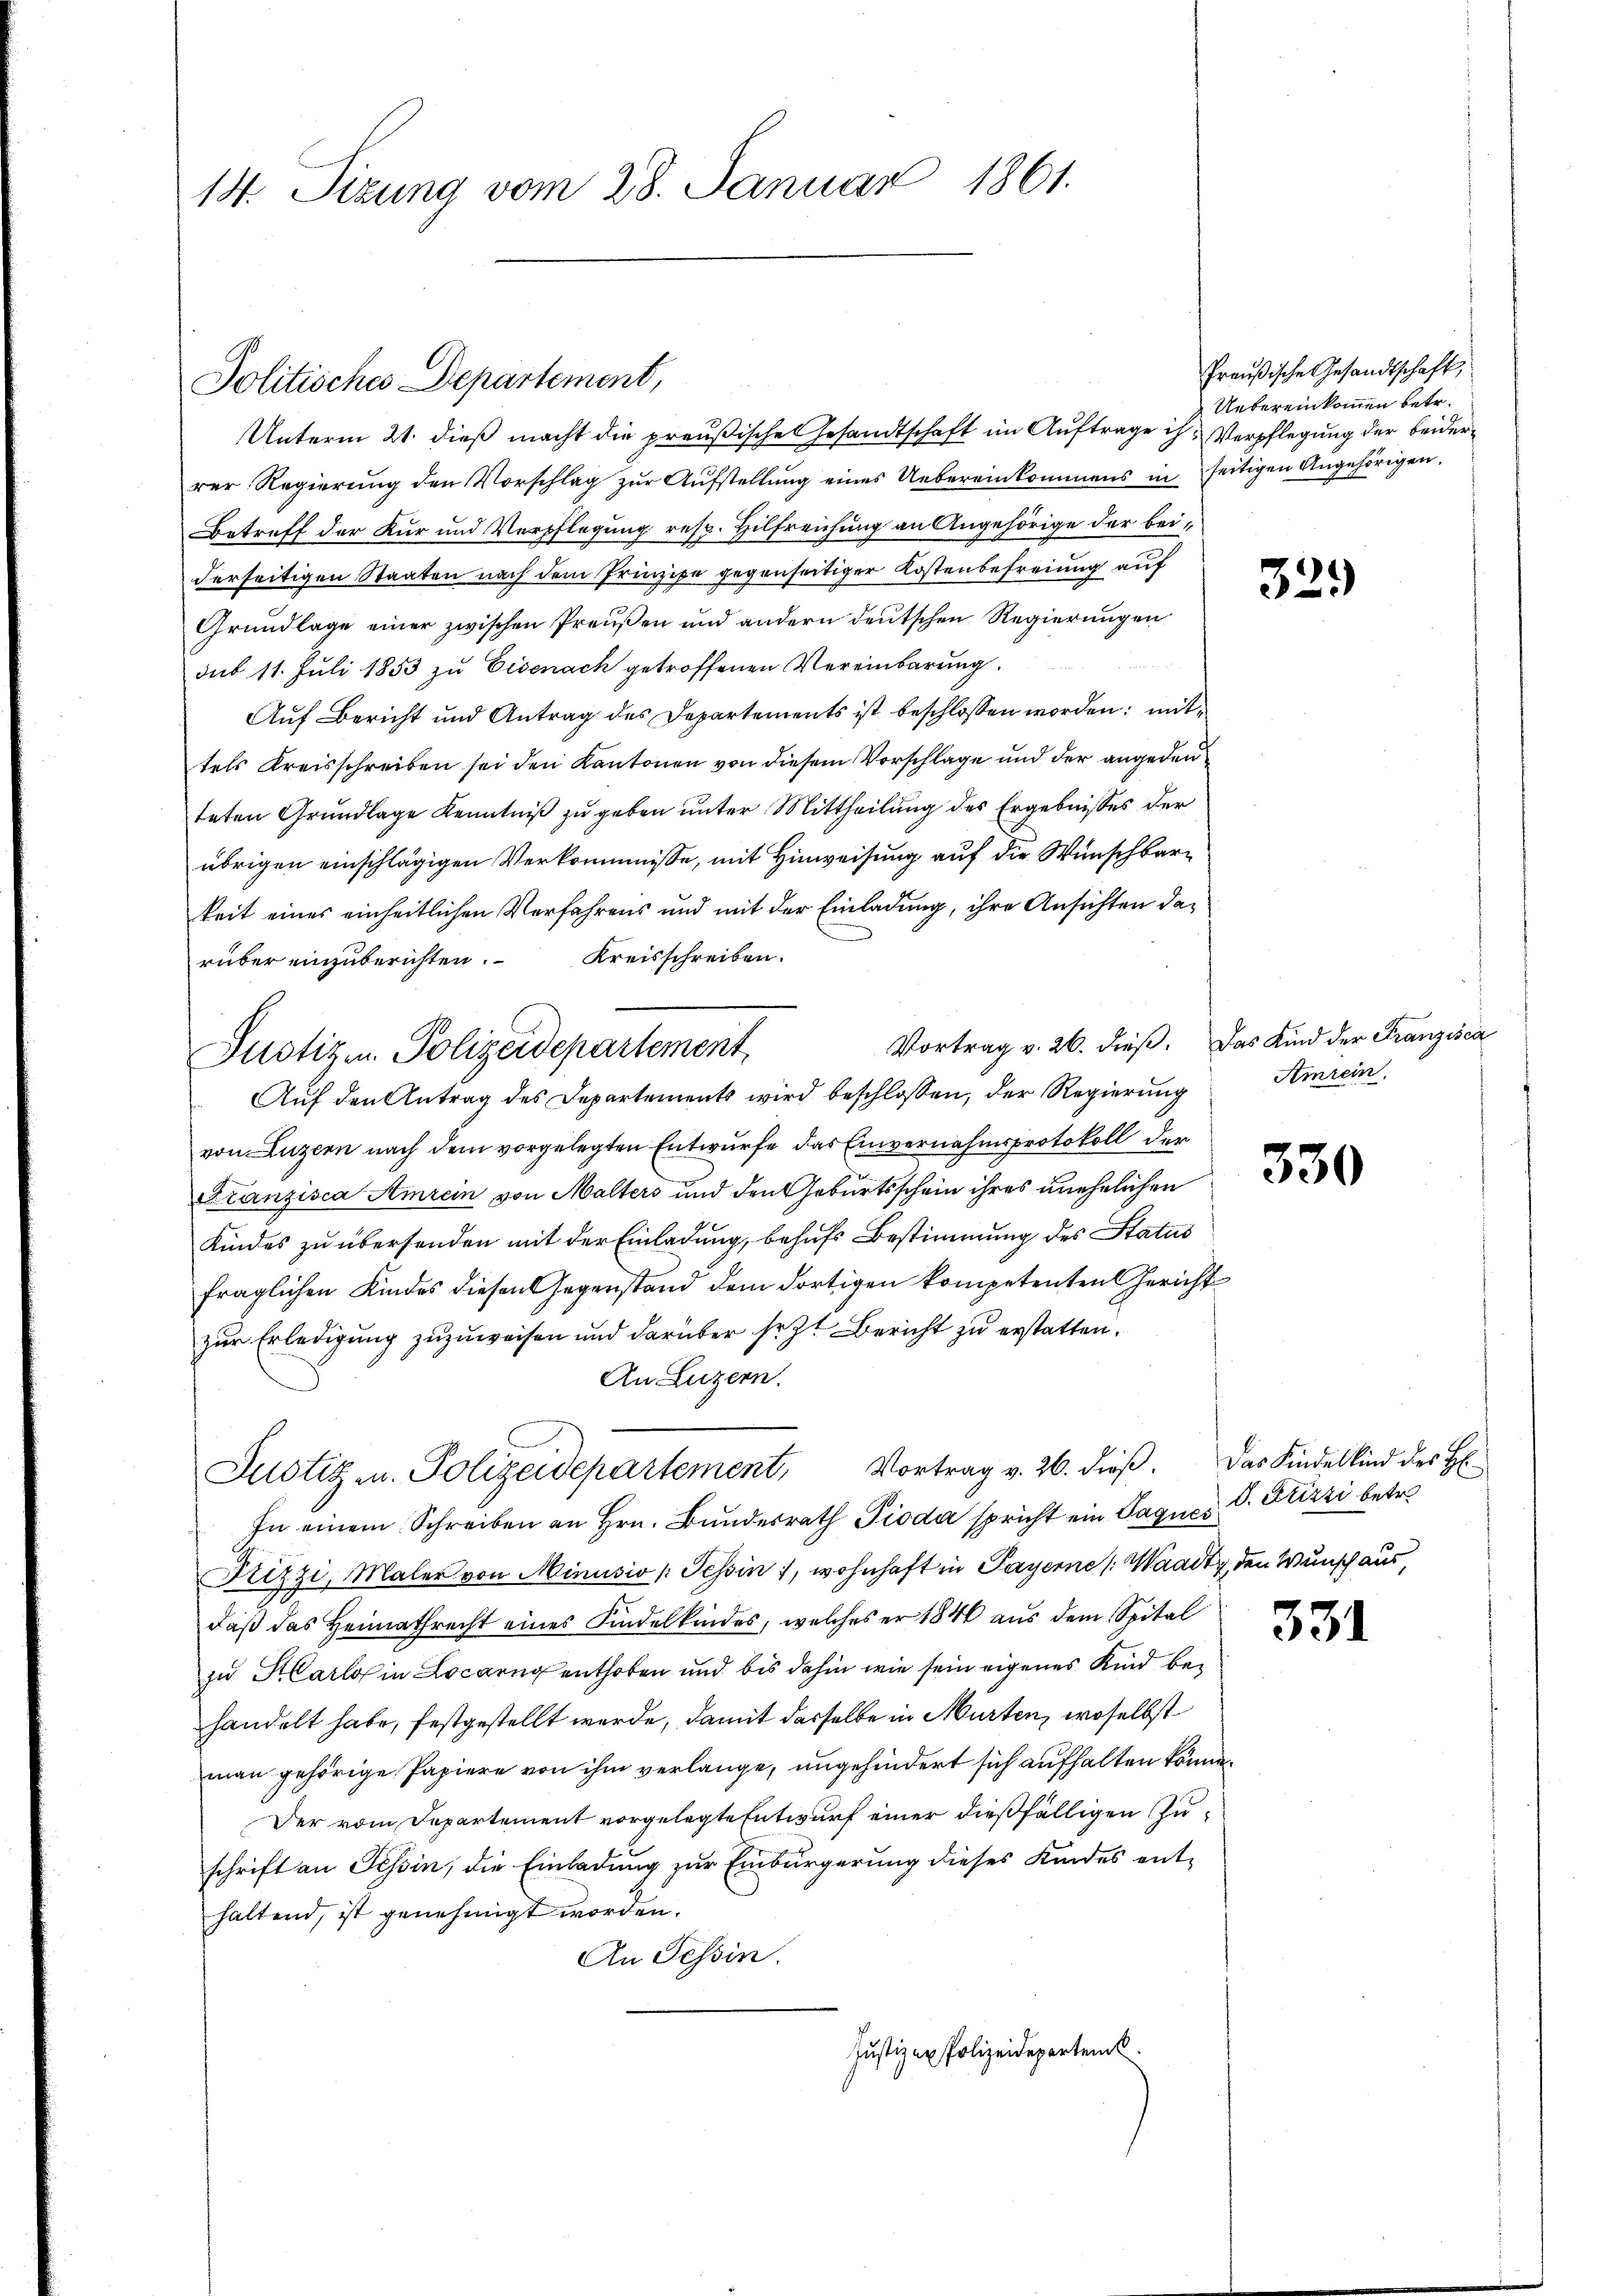
14. Sizung vom 28. Januar 1861.

Politisches Departement,

Unterm 21. dieß macht die preußische Gesandtschaft im Auftrage ihr Verpflegung der beiderrer Regierŭng den Vorschlag zŭr Aŭfstellŭng eines Uebereinkommens in seitigen Angehörigen.
Betreff der Kur und Verpflegung resp. Hilfreichung an Angehörige der beiderseitigen Staaten nach dem Prinzipe gegenseitiger Kostenbefreiung auf
Grundlage einer zwischen Preußen und andern deutschen Regierungen
sub 11. Juli 1853 zu Eisenach getroffenen Vereinbarung
Auf Bericht und Antrag des Departements ist beschlossen worden; mittels Kreisschreiben sei den Kantonen von diesem Vorschläge und der angeden
teten Grundlage Kenntniß zu geben unter Mittheilung des Ergebnisses der
übrigen einschlägigen Verkommnisse, mit Hinweisung auf die Wünschbarkeit eines einheitlichen Verfahrens und mit der Einladung, ihre Ansichten darüber einzuberichten. Kreisschreiben.
Auf den Antrag des Departements wird beschlossen, der Regierung
von Luzern nach dem vorgelegten Entwurfe das Einvernahmsprotokoll der
Franzisca Amrein von Malters und den Geburtsschein ihres unehelichen
Kindes zu übersenden mit der Einladung, behufs Bestimmung des Status
fraglichen Kindes diesen Gegenstand dem dortigen kompetenten Gericht
zur Erledigung zuzuweisen und darüber sezt Bericht zu erstatten.
An Luzern.
Justiz u. Polizeidepartement, Vortrag v. 26. dieß. Das Kindelkind des H
In einem Schreiben an Hrn. Bŭndesrath Pioda spricht ein Sagnes C. Stizzi betr.
Krizzi, Maler von Minusio /: Tessin, wohnhaft in Payerne Waadt, den Wunsch aus,
daß das Heimathrecht eines Kindelkindes, welches er 1846 aus dem Spital
zu Karlos in Locarng enthoben und bis dahin wie sein eigenes Kind behandelt habe, festgestellt werde, damit dasselbe in Murten, woselbst
man gehörige Papiere von ihm verlange, ungehindert sich aufhalten könne.
Der vom Departement vorgelegte Entwurf einer dießfälligen Zuschrift an Tessin, die Einladung zur Einbürgerung dieses Kindes enthaltend, ist genehmigt worden.
An Tessin.
Justizax Polizeidepartem

Justiz u. Polizeidepartement

Preußische Gesandtschaft,
Uebereinkommen betr.

32.

Vortrag v. 26. dieß. Das Kind der Franzisca
Amrein.

330

331